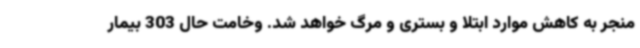
منجر به کاهش موارد ابتلا و بستری و مرگ خواهد شد. وخامت حال 303 بیمار